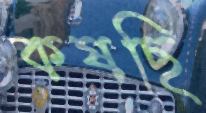
কষছি